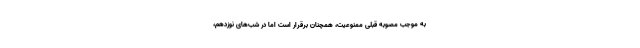
به موجب مصوبه قبلی ممنوعیت، همچنان برقرار است اما در شب‌های نوزدهم،